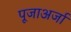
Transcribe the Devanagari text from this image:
पूजाअर्जा